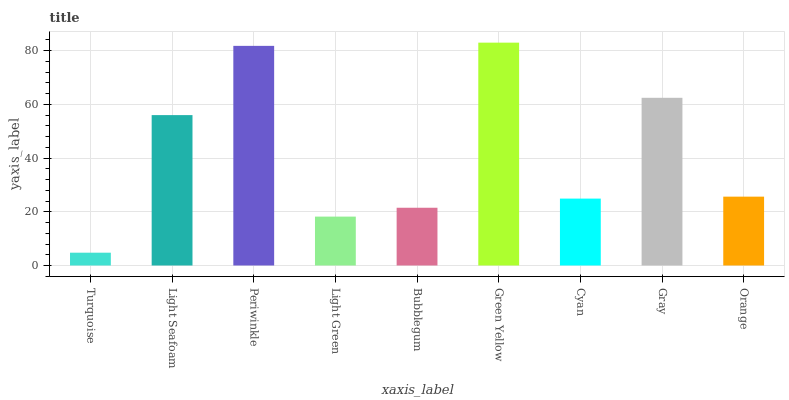
| xaxis_label | bars |
 | --- | --- |
 | Turquoise | 4.77 |
 | Light Seafoam | 56 |
 | Periwinkle | 81.8 |
 | Light Green | 18.2 |
 | Bubblegum | 21.5 |
 | Green Yellow | 83 |
 | Cyan | 24.9 |
 | Gray | 62.4 |
 | Orange | 25.6 |